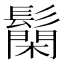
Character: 𮫐